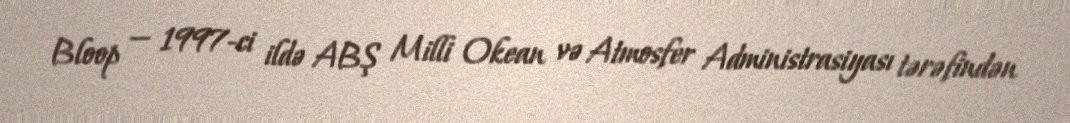
Bloop — 1997-ci ildə ABŞ Milli Okean və Atmosfer Administrasiyası tərəfindən